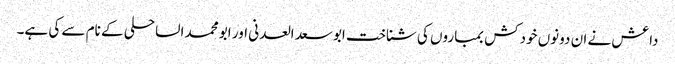
داعش نے ان دونوں خودکش بمباروں کی شناخت ابو سعد العدنی اور ابو محمد الساحلی کے نام سے کی ہے۔